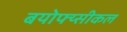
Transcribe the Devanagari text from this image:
बयोफ्य्सीकल